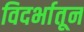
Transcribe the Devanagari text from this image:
विदर्भातून